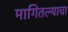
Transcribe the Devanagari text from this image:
मागितल्याचा